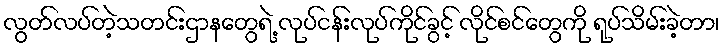
လွတ်လပ်တဲ့သတင်းဌာနတွေရဲ့ လုပ်ငန်းလုပ်ကိုင်ခွင့် လိုင်စင်တွေကို ရုပ်သိမ်းခဲ့တာ၊